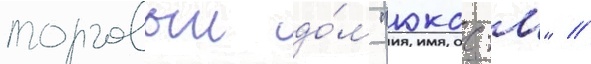
торговыи до́м "юкос-м" /